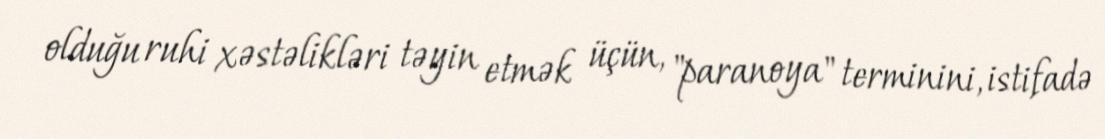
olduğu ruhi xəstəlikləri təyin etmək üçün, "paranoya" terminini, istifadə